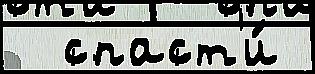
  спаст'и́